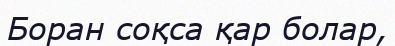
Боран соқса қар болар,